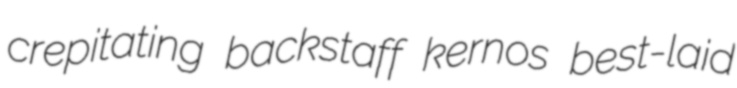
crepitating backstaff kernos best-laid